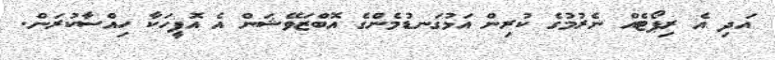
އަދި އެ ރިޕޯޓެއް ނެރުމުގެ ކުރިން އަޅުގަނޑުމެންގެ އޮބްޒަވޭޝަން އެ އޮފީހަކާ ހިއްސާކުރަން.